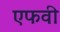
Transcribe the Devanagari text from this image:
एफवी